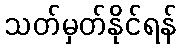
သတ်မှတ်နိုင်ရန်